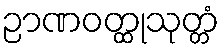
ဉာဏဝတ္ထုသုတ္တံ